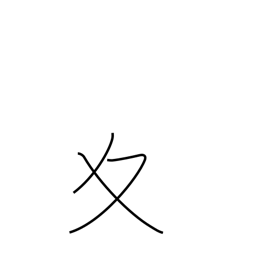
Meaning: winter variant radical (no. 34)